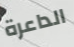
الداعرة